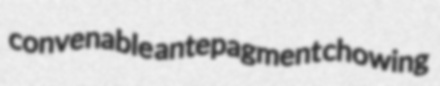
convenable antepagment chowing